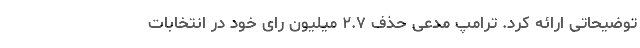
توضیحاتی ارائه کرد. ترامپ مدعی حذف ۲.۷ میلیون رای خود در انتخابات